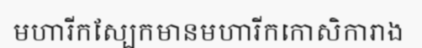
មហារីកស្បែកមានមហារីកកោសិការាង